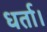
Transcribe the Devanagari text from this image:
धर्ता।